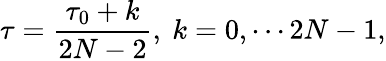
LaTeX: \tau=\frac{\tau_{0}+k}{2N-2},~k=0,\cdots 2N-1,